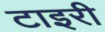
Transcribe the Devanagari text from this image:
टाइरी